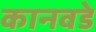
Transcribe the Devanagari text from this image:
कानवडे